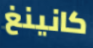
كانينغ